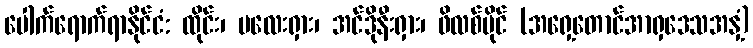
ပေါက်ရောက်ရာနိုင်ငံ: ထိုင်း၊ မလေးရှား၊ အင်ဒိုနီးရှား၊ ဖိလစ်ပိုင် (အရှေ့တောင်အာရှဒေသအနှံ့)